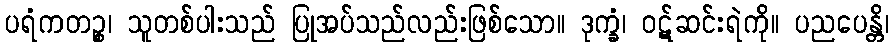
ပရံကတဉ္စ၊ သူတစ်ပါးသည် ပြုအပ်သည်လည်းဖြစ်သော။ ဒုက္ခံ၊ ဝဋ်ဆင်းရဲကို။ ပညပေန္တိ၊